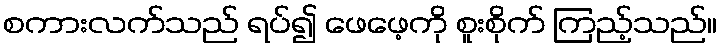
စကားလက်သည် ရပ်၍ ဖေဖေ့ကို စူးစိုက် ကြည့်သည်။